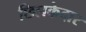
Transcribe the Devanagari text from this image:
छिलकेदार